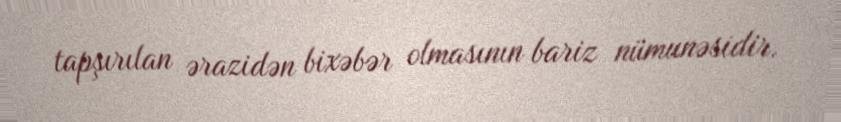
tapşırılan ərazidən bixəbər olmasının bariz nümunəsidir.